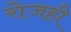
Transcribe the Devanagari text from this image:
रोजही